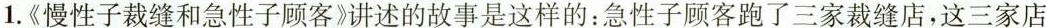
1.《慢性子裁缝和急性子顾客》讲述的故事是这样的：急性子顾客跑了三家裁缝店，这三家店